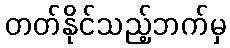
တတ်နိုင်သည့်ဘက်မှ